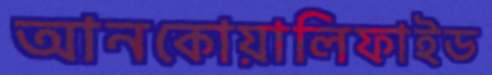
আনকোয়ালিফাইড